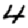
Digit: 4